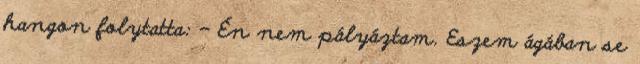
hangon folytatta: - Én nem pályáztam. Eszem ágában se